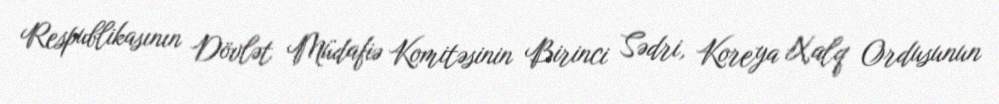
Respublikasının Dövlət Müdafiə Komitəsinin Birinci Sədri, Koreya Xalq Ordusunun